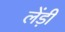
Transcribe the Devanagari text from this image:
लेंड़ी